Annual administration report of the Civil Veterinary Department of India - 1898-1899
Year: 1898
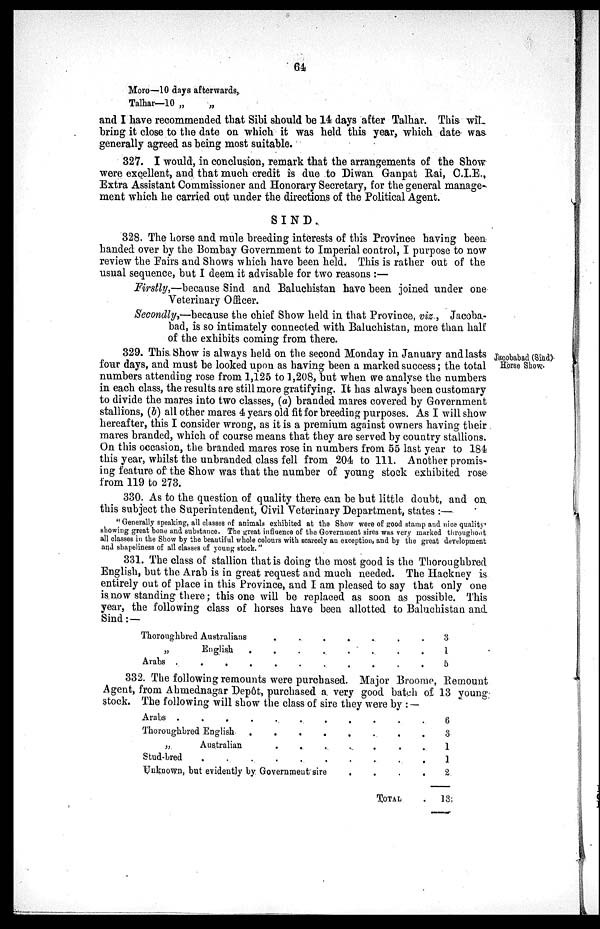
64
Moro—10 days afterwards,
Talhar—10 „
„
and I have recommended that Sibi should be 14 days after Talhar. This will
bring it close to the date on which it was held this year, which date was
generally agreed as being most suitable.
327. I would, in conclusion, remark that the arrangements of the Show
were excellent, and that much credit is due to Diwan Ganpat Rai, C.I.E.,
Extra Assistant Commissioner and Honorary Secretary, for the general manage-
ment which he carried out under the directions of the Political Agent.
SIND.
328. The horse and mule breeding interests of this Province having been
handed over by the Bombay Government to Imperial control, I purpose to now
review the Fairs and Shows which have been held. This is rather out of the
usual sequence, but I deem it advisable for two reasons:—
Firstly,—because Sind and Baluchistan have been joined under one
Veterinary Officer.
Secondly,—because the chief Show held in that Province, viz., Jacoba-
bad, is so intimately connected with Baluchistan, more than half
of the exhibits coming from there.
Jacobabad (Sind)
Horse Show.
329. This Show is always held on the second Monday in January and lasts
four days, and must be looked upon as having been a marked success; the total
numbers attending rose from 1,125 to 1,208, but when we analyse the numbers
in each class, the results are still more gratifying. It has always been customary
to divide the mares into two classes, (a) branded mares covered by Government
stallions, (b) all other mares 4 years old fit for breeding purposes. As I will show
hereafter, this I consider wrong, as it is a premium against owners having their
mares branded, which of course means that they are served by country stallions.
On this occasion, the branded mares rose in numbers from 55 last year to 184
this year, whilst the unbranded class fell from 204 to 111. Another promis-
ing feature of the Show was that the number of young stock exhibited rose
from 119 to 273.
330. As to the question of quality there can be but little doubt, and on
this subject the Superintendent, Civil Veterinary Department, states :—
"Generally speaking, all classes of animals exhibited at the Show were of good stamp and nice quality
showing great bone and substance. The great influence of the Government sires was very marked throughout
all classes in the Show by the beautiful whole colours with scarcely an exception, and by the great development
and shapeliness of all classes of young stock."
331. The class of stallion that is doing the most good is the Thoroughbred
English, but the Arab is in great request and much needed. The Hackney is
entirely out of place in this Province, and I am pleased to say that only one
is now standing there; this one will be replaced as soon as possible. This
year, the following class of horses have been allotted to Baluchistan and
Sind:—
Thoroughbred Australians. . . . . . .
„ English . . . . . . . .
Arabs . . . . . . . . . .
3
1
5
332. The following remounts were purchased. Major Broome, Remount
Agent, from Ahmednagar Depôt, purchased a very good batch of 13 young
stock. The following will show the class of sire they were by :—
Arabs . . . . . . . . . . .
Thoroughbred English . . . . . . . .
„
Australian . . . . . . .
Stud-bred . .
Unknown, but evidently by Government sire
.
.
.
.
.
TOTAL
6
3
1
1
2
13